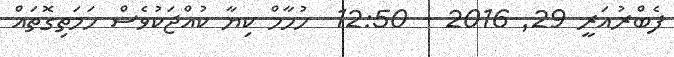
ފެބްރުއަރީ 29